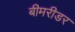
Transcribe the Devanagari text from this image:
बीमरीडर